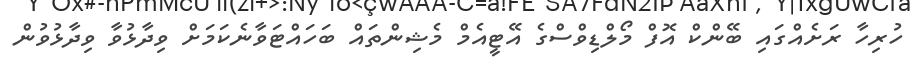
ހުރިހާ ރަށެއްގައި ބޭންކް އޮފް މޯލްޑިވްސްގެ އޭޓީއެމް މެޝިންތައް ބަހައްޓަވާނެކަމަށް ވިދާޅުވާ ވިދާޅުވުން